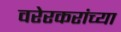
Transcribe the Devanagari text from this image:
वरेरकरांच्या